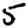
Digit: 5